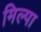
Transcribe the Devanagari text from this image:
मिल्पा